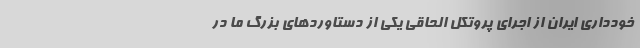
خودداری ایران از اجرای پروتکل الحاقی یکی از دستاوردهای بزرگ ما در